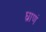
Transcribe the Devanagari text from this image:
घ्राणं